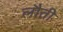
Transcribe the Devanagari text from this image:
लौती